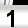
Digit: 1